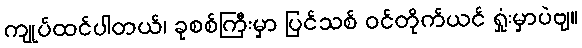
ကျုပ်ထင်ပါတယ်၊ ခုစစ်ကြီးမှာ ပြင်သစ် ဝင်တိုက်ယင် ရှုံးမှာပဲဗျ။